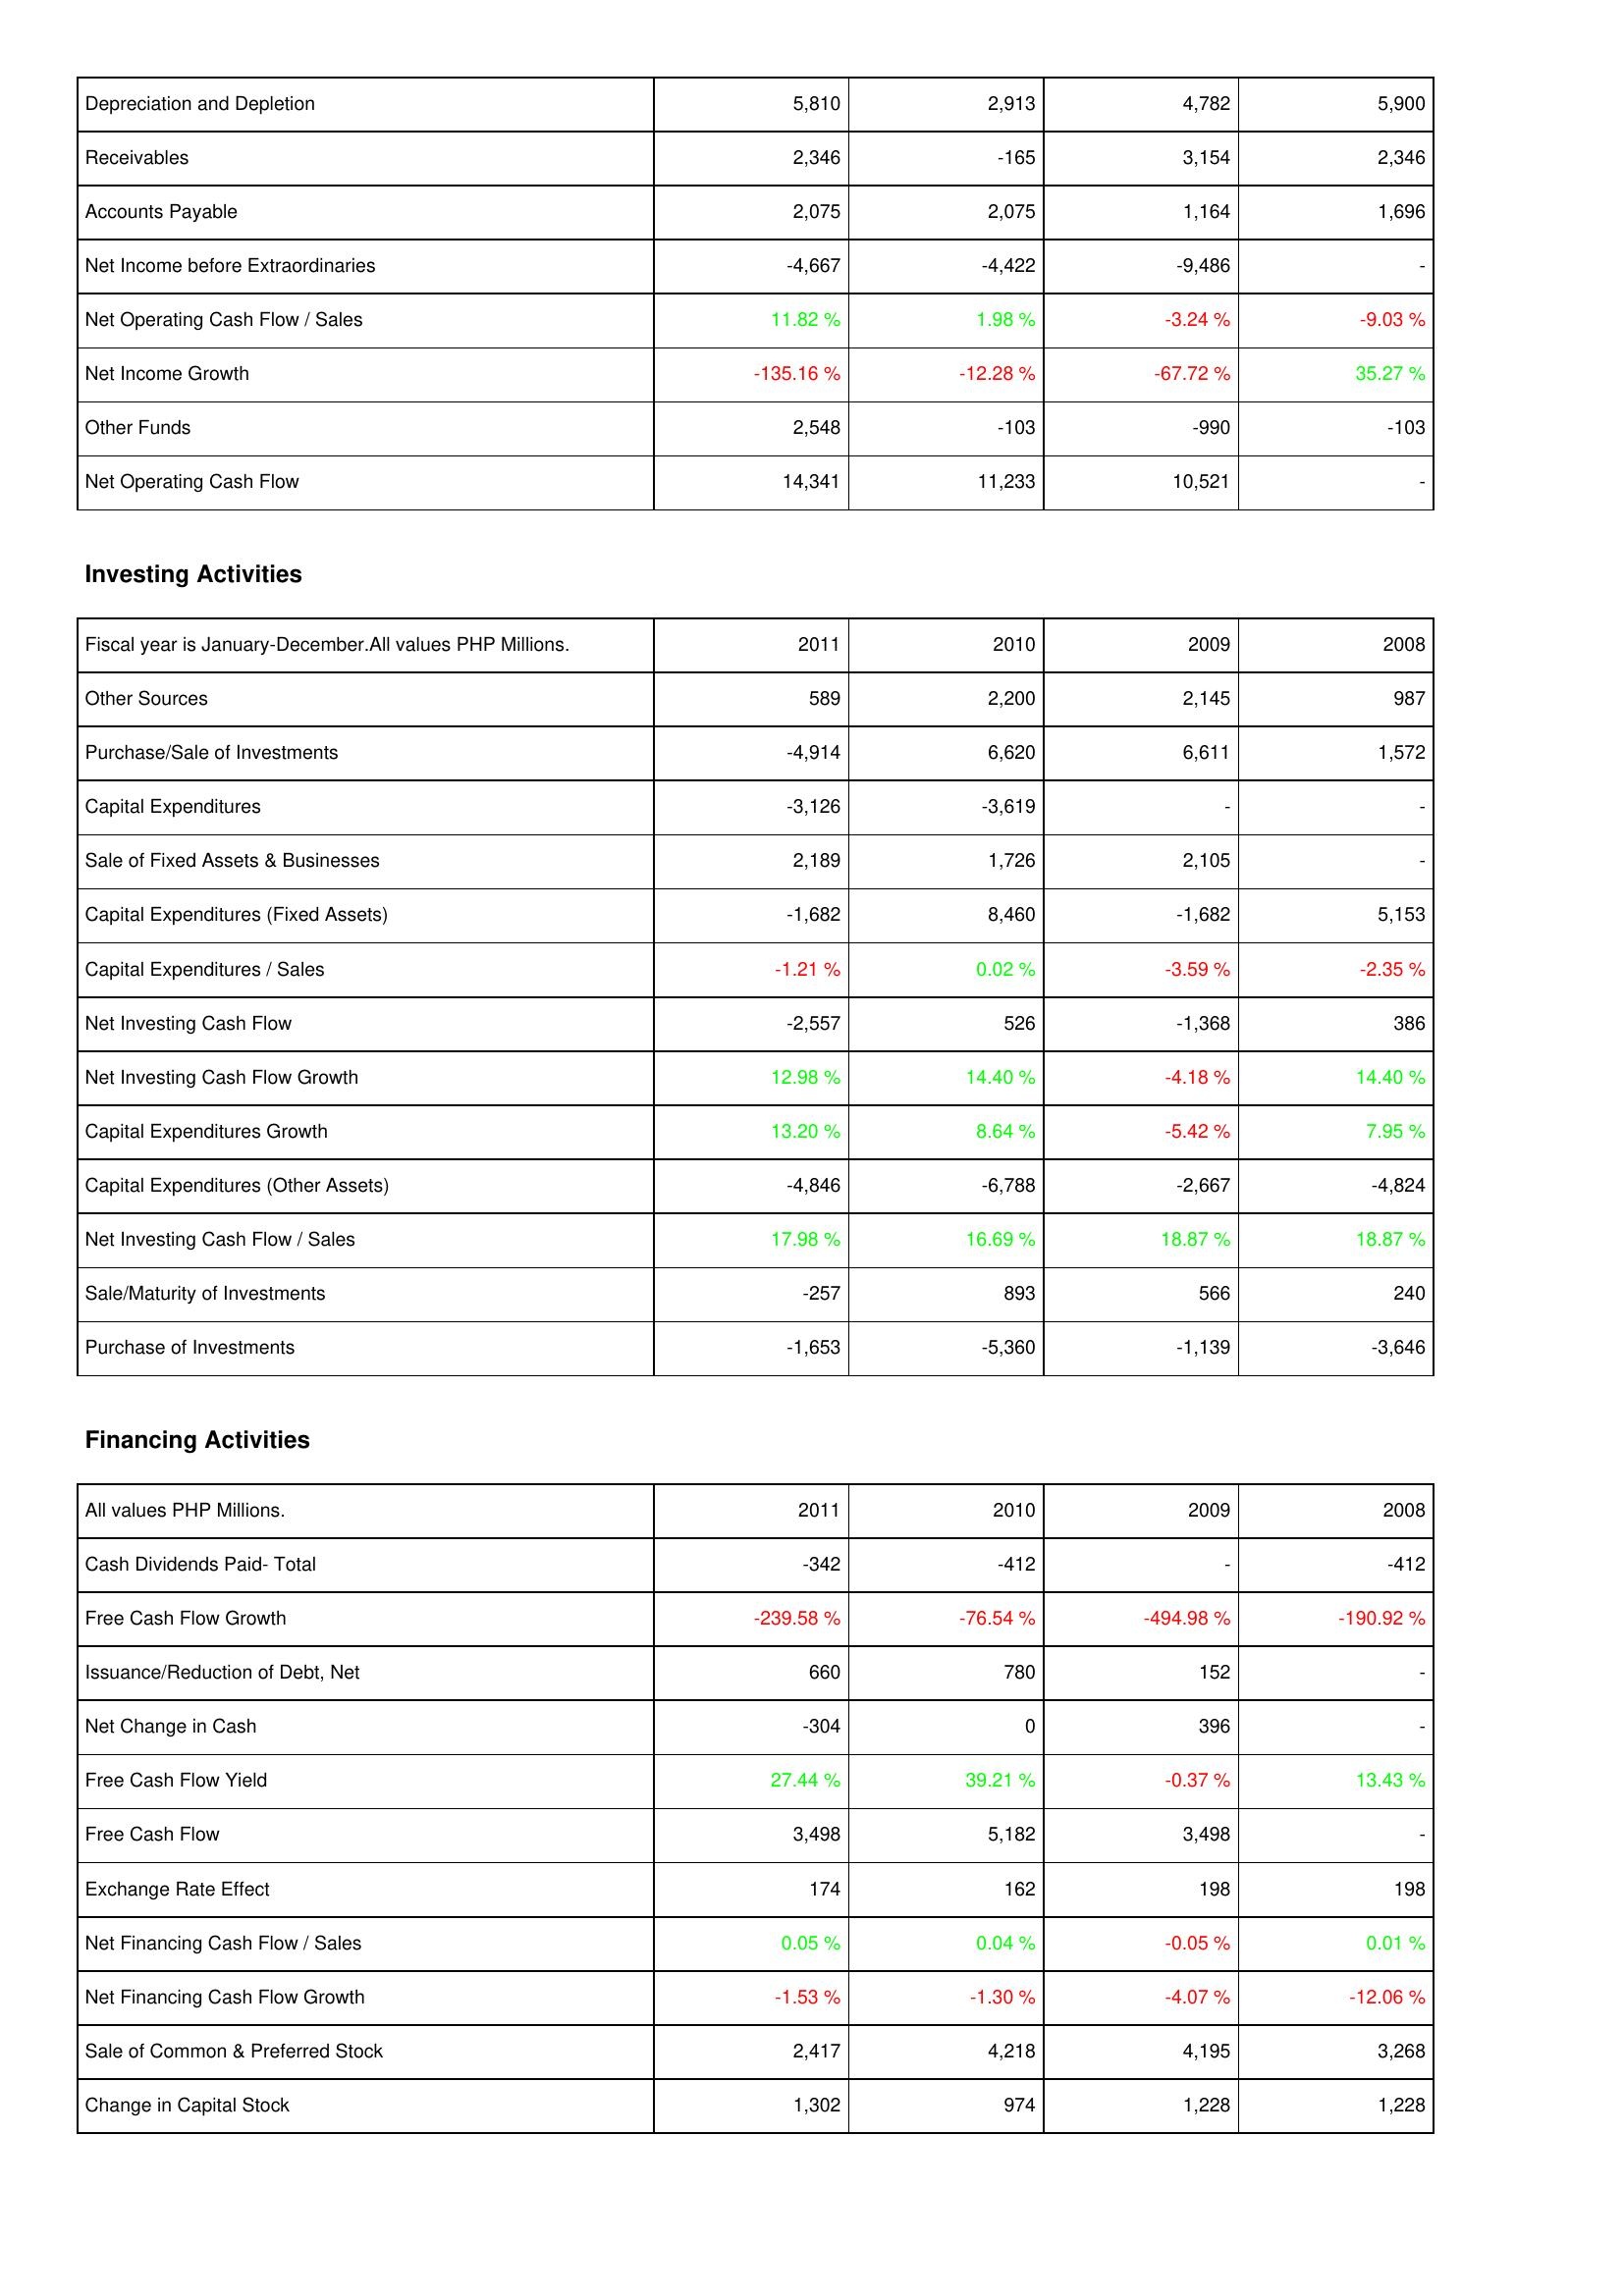
2011: Operating Activities: Depreciation and Depletion: 5,810
Receivables: 2,346
Accounts Payable: 2,075
Net Income before Extraordinaries: -4,667
Net Operating Cash Flow / Sales: 11.82 %
Net Income Growth: -135.16 %
Other Funds: 2,548
Net Operating Cash Flow: 14,341
Investing Activities: Other Sources: 589
Purchase/Sale of Investments: -4,914
Capital Expenditures: -3,126
Sale of Fixed Assets & Businesses: 2,189
Capital Expenditures (Fixed Assets): -1,682
Capital Expenditures / Sales: -1.21 %
Net Investing Cash Flow: -2,557
Net Investing Cash Flow Growth: 12.98 %
Capital Expenditures Growth: 13.20 %
Capital Expenditures (Other Assets): -4,846
Net Investing Cash Flow / Sales: 17.98 %
Sale/Maturity of Investments: -257
Purchase of Investments: -1,653
Financing Activities: Cash Dividends Paid- Total: -342
Free Cash Flow Growth: -239.58 %
Issuance/Reduction of Debt, Net: 660
Net Change in Cash: -304
Free Cash Flow Yield: 27.44 %
Free Cash Flow: 3,498
Exchange Rate Effect: 174
Net Financing Cash Flow / Sales: 0.05 %
Net Financing Cash Flow Growth: -1.53 %
Sale of Common & Preferred Stock: 2,417
Change in Capital Stock: 1,302
2010: Operating Activities: Depreciation and Depletion: 2,913
Receivables: -165
Accounts Payable: 2,075
Net Income before Extraordinaries: -4,422
Net Operating Cash Flow / Sales: 1.98 %
Net Income Growth: -12.28 %
Other Funds: -103
Net Operating Cash Flow: 11,233
Investing Activities: Other Sources: 2,200
Purchase/Sale of Investments: 6,620
Capital Expenditures: -3,619
Sale of Fixed Assets & Businesses: 1,726
Capital Expenditures (Fixed Assets): 8,460
Capital Expenditures / Sales: 0.02 %
Net Investing Cash Flow: 526
Net Investing Cash Flow Growth: 14.40 %
Capital Expenditures Growth: 8.64 %
Capital Expenditures (Other Assets): -6,788
Net Investing Cash Flow / Sales: 16.69 %
Sale/Maturity of Investments: 893
Purchase of Investments: -5,360
Financing Activities: Cash Dividends Paid- Total: -412
Free Cash Flow Growth: -76.54 %
Issuance/Reduction of Debt, Net: 780
Net Change in Cash: 0
Free Cash Flow Yield: 39.21 %
Free Cash Flow: 5,182
Exchange Rate Effect: 162
Net Financing Cash Flow / Sales: 0.04 %
Net Financing Cash Flow Growth: -1.30 %
Sale of Common & Preferred Stock: 4,218
Change in Capital Stock: 974
2009: Operating Activities: Depreciation and Depletion: 4,782
Receivables: 3,154
Accounts Payable: 1,164
Net Income before Extraordinaries: -9,486
Net Operating Cash Flow / Sales: -3.24 %
Net Income Growth: -67.72 %
Other Funds: -990
Net Operating Cash Flow: 10,521
Investing Activities: Other Sources: 2,145
Purchase/Sale of Investments: 6,611
Capital Expenditures: -
Sale of Fixed Assets & Businesses: 2,105
Capital Expenditures (Fixed Assets): -1,682
Capital Expenditures / Sales: -3.59 %
Net Investing Cash Flow: -1,368
Net Investing Cash Flow Growth: -4.18 %
Capital Expenditures Growth: -5.42 %
Capital Expenditures (Other Assets): -2,667
Net Investing Cash Flow / Sales: 18.87 %
Sale/Maturity of Investments: 566
Purchase of Investments: -1,139
Financing Activities: Cash Dividends Paid- Total: -
Free Cash Flow Growth: -494.98 %
Issuance/Reduction of Debt, Net: 152
Net Change in Cash: 396
Free Cash Flow Yield: -0.37 %
Free Cash Flow: 3,498
Exchange Rate Effect: 198
Net Financing Cash Flow / Sales: -0.05 %
Net Financing Cash Flow Growth: -4.07 %
Sale of Common & Preferred Stock: 4,195
Change in Capital Stock: 1,228
2008: Operating Activities: Depreciation and Depletion: 5,900
Receivables: 2,346
Accounts Payable: 1,696
Net Income before Extraordinaries: -
Net Operating Cash Flow / Sales: -9.03 %
Net Income Growth: 35.27 %
Other Funds: -103
Net Operating Cash Flow: -
Investing Activities: Other Sources: 987
Purchase/Sale of Investments: 1,572
Capital Expenditures: -
Sale of Fixed Assets & Businesses: -
Capital Expenditures (Fixed Assets): 5,153
Capital Expenditures / Sales: -2.35 %
Net Investing Cash Flow: 386
Net Investing Cash Flow Growth: 14.40 %
Capital Expenditures Growth: 7.95 %
Capital Expenditures (Other Assets): -4,824
Net Investing Cash Flow / Sales: 18.87 %
Sale/Maturity of Investments: 240
Purchase of Investments: -3,646
Financing Activities: Cash Dividends Paid- Total: -412
Free Cash Flow Growth: -190.92 %
Issuance/Reduction of Debt, Net: -
Net Change in Cash: -
Free Cash Flow Yield: 13.43 %
Free Cash Flow: -
Exchange Rate Effect: 198
Net Financing Cash Flow / Sales: 0.01 %
Net Financing Cash Flow Growth: -12.06 %
Sale of Common & Preferred Stock: 3,268
Change in Capital Stock: 1,228